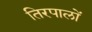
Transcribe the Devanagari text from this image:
तिरपालों